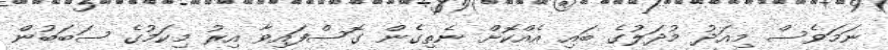
ނަމަވެސް މިއަދު މުދަލުގެ ބައި އެއްކޮށް ނެތިގެން ގޮސްފައިވާ އިރު މިކަމުގެ ސަބަބުން